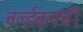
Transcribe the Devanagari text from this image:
वर्ल्डकपची